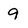
Character: 9